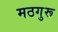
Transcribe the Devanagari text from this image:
मठगुरू